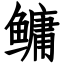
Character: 鳙